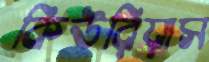
কিউরিয়াস